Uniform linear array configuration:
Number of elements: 32
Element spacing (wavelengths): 0.75
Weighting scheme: cosine
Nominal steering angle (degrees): -15
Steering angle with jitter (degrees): -15.79
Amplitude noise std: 0.05
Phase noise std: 0.05

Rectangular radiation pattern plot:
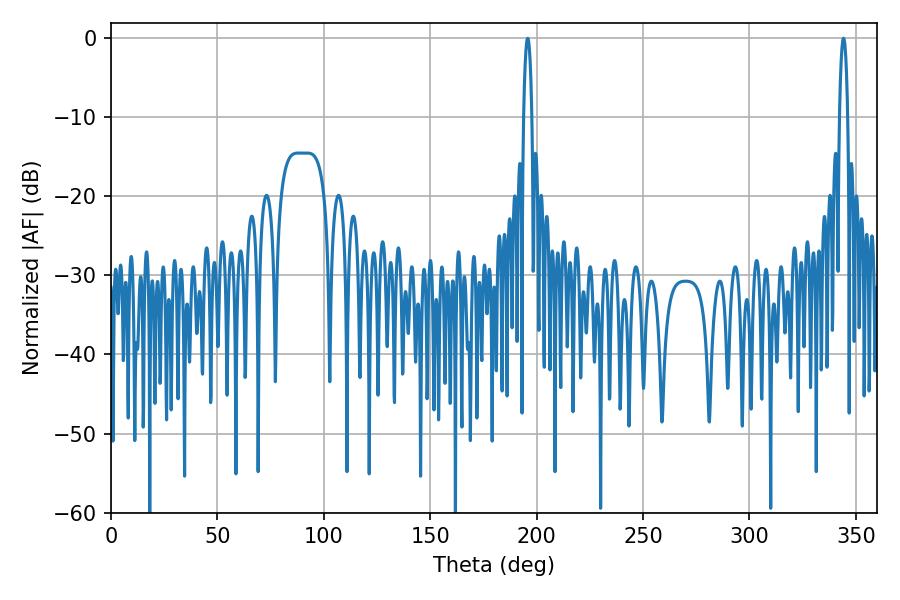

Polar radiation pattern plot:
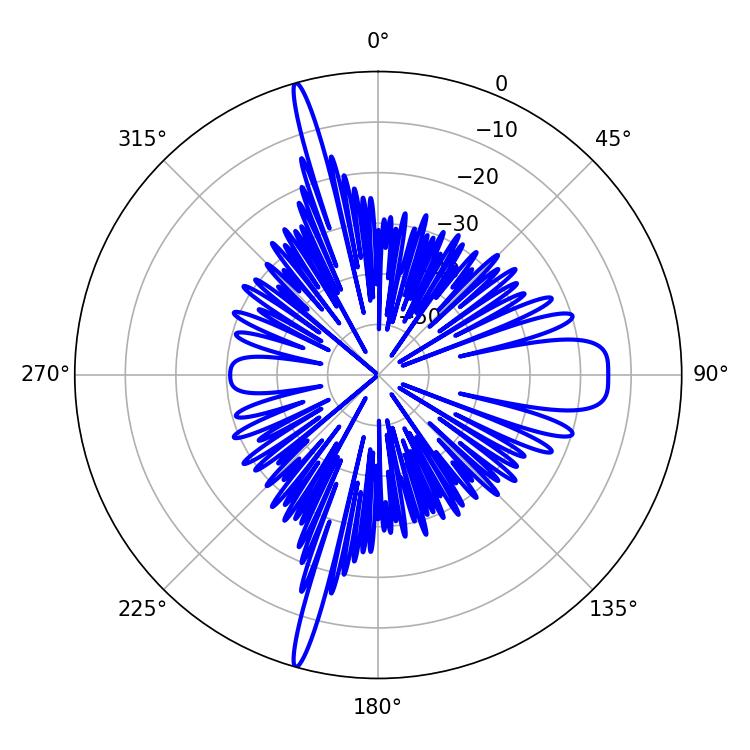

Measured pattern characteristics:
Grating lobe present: TRUE
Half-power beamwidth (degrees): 2.16
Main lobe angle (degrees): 195.84